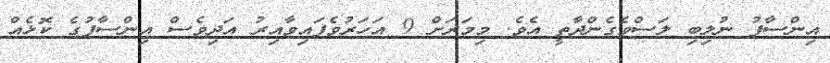
އިންސާފު ނުލިބި ލަސްވެގެންދާތީ އެވެ. މިމަރަށް 9 އަހަރުވެފައިވާއިރު އަދިވެސް އިންސާފުގެ ކޮޅެއް